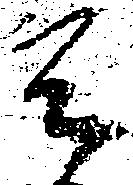
天